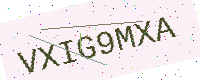
Text: VXIG9MXA